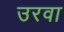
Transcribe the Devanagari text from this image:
उरवा